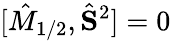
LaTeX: [\hat{M}_{1/2},\hat{\mathbf{S}}^{2}]=0